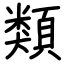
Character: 類